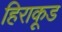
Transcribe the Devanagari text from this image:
हिराकूड